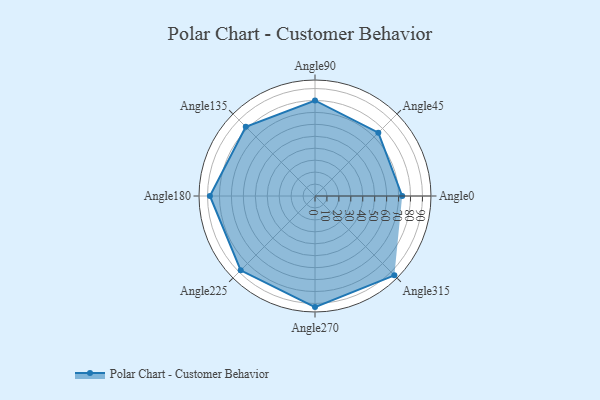
{"axis": {"x": "Angle", "y": "Radius"}, "legend": [""], "data": [{"x": "Angle0", "y": 73.0, "type": ""}, {"x": "Angle45", "y": 75.0, "type": ""}, {"x": "Angle90", "y": 80.0, "type": ""}, {"x": "Angle135", "y": 82.0, "type": ""}, {"x": "Angle180", "y": 88.0, "type": ""}, {"x": "Angle225", "y": 88.0, "type": ""}, {"x": "Angle270", "y": 93.0, "type": ""}, {"x": "Angle315", "y": 94.0, "type": ""}]}